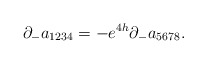
\begin{align*}\partial_{-}a_{1234}=-e^{4h}\partial_{-}a_{5678}.\end{align*}